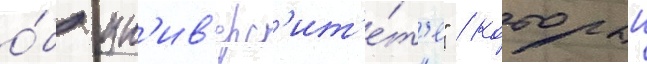
о́б ун'ив'ерс'ит'е́т'е" / которыи